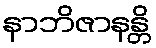
နာဘိဇာနန္တိ